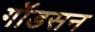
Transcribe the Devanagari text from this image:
गॉडसन